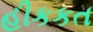
હીકકત